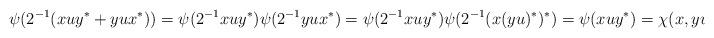
LaTeX: \begin{align*}\psi(2^{-1}(xuy^*+yux^*))=\psi(2^{-1}xuy^*)\psi(2^{-1}yux^*)=\psi(2^{-1}xuy^*)\psi(2^{-1}(x(yu)^*)^*)=\psi(xuy^*)=\chi(x,yu). \end{align*}